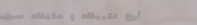
أروع تكييفات و مكيفات سبل